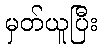
မှတ်ယူပြီး